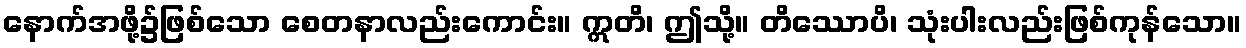
နောက်အဖို့၌ဖြစ်သော စေတနာလည်းကောင်း။ ဣတိ၊ ဤသို့။ တိဿောပိ၊ သုံးပါးလည်းဖြစ်ကုန်သော။